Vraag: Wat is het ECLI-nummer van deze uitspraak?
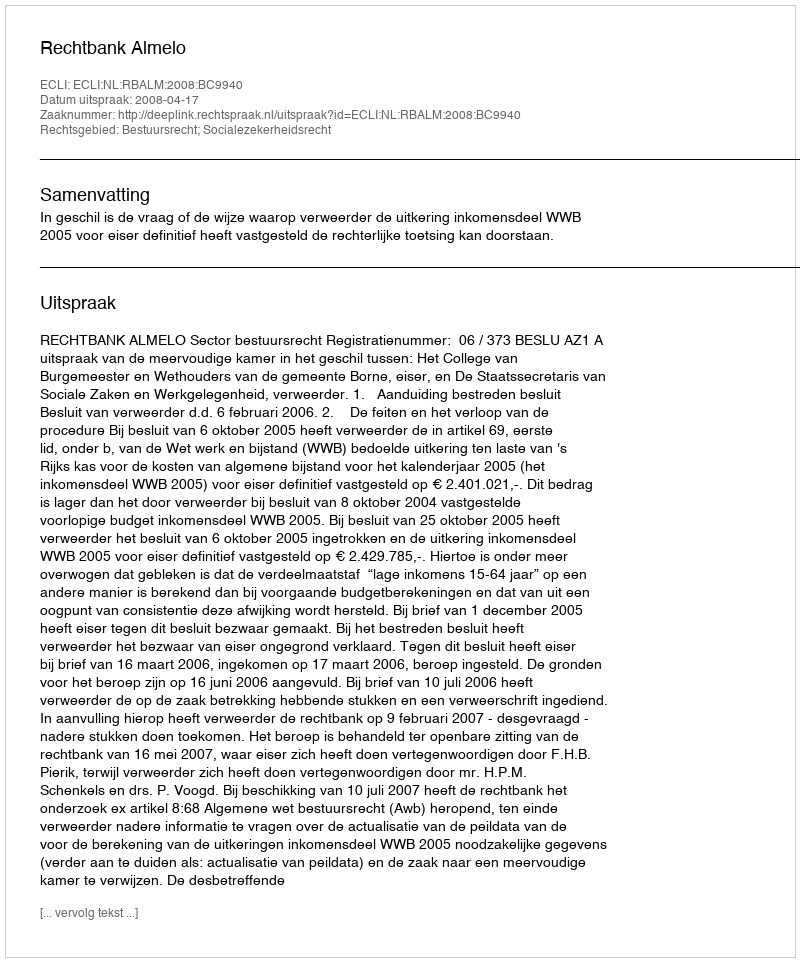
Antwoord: ECLI:NL:RBALM:2008:BC9940